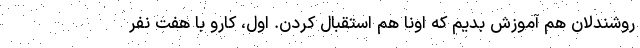
روشندلان هم آموزش بدیم که اونا هم استقبال کردن. اول، کارو با هفت نفر